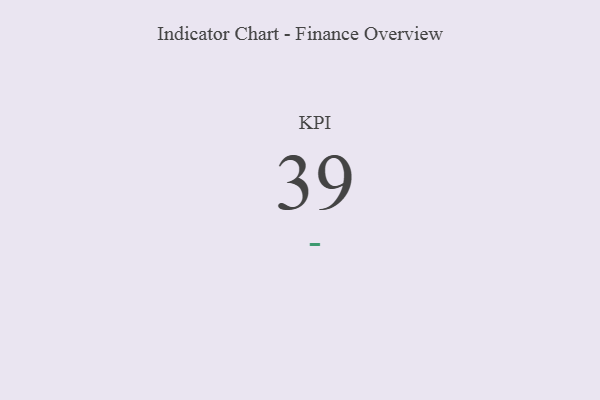
{"axis": {"x": "KPI", "y": "Value"}, "legend": [""], "data": [{"x": "KPI", "y": 39, "type": ""}]}